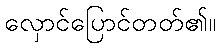
လှောင်ပြောင်တတ်၏။